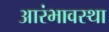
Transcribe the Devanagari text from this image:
आरंभावस्था